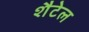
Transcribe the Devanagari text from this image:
शैटेल